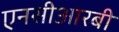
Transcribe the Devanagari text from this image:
एनसीआरबी